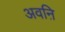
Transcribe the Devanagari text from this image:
अवऩि